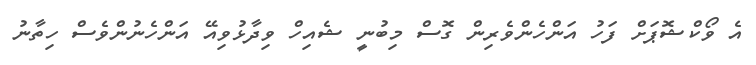
އެ ވޯކްޝޮޕަށް ފަހު އަންހެންވެރިން ގޮސް މިބުނީ ޝެއިހް ވިދާޅުވިއޭ އަންހެނުންވެސް ހިތާނު